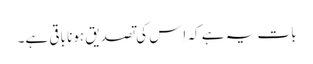
بات یہ ہے کہ اِس کی تصدیق ہونا باقی ہے۔